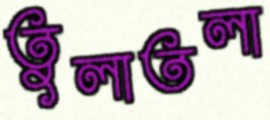
তুলাতলা